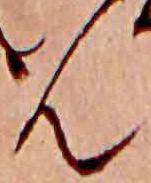
ん